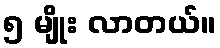
၅ မျိုး လာတယ်။